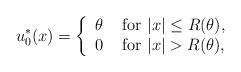
LaTeX: \begin{align*}u^*_0(x)=\left\{\begin{array}{ll} \theta & \mbox{ for } |x|\leq R(\theta),\\0& \mbox{ for } |x|>R(\theta),\end{array}\right.\end{align*}